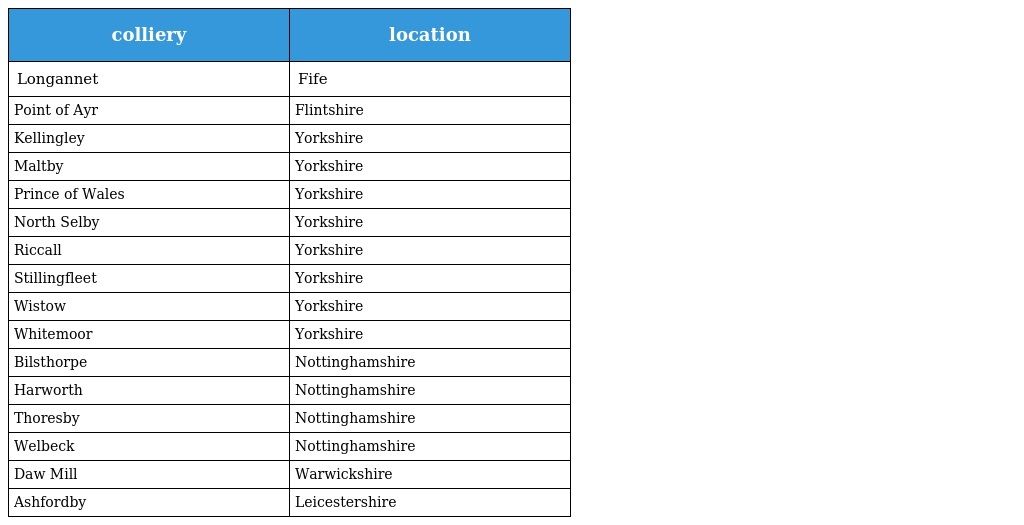
| colliery | location |
 | --- | --- |
 | Longannet | Fife |
 | Point of Ayr | Flintshire |
 | Kellingley | Yorkshire |
 | Maltby | Yorkshire |
 | Prince of Wales | Yorkshire |
 | North Selby | Yorkshire |
 | Riccall | Yorkshire |
 | Stillingfleet | Yorkshire |
 | Wistow | Yorkshire |
 | Whitemoor | Yorkshire |
 | Bilsthorpe | Nottinghamshire |
 | Harworth | Nottinghamshire |
 | Thoresby | Nottinghamshire |
 | Welbeck | Nottinghamshire |
 | Daw Mill | Warwickshire |
 | Ashfordby | Leicestershire |